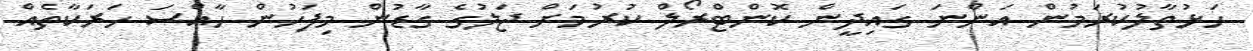
ހަޅުތާލުކުރަމުން އަންނަ ގައިދީން ކޮންޓްރޯލް ކުރުމަށް ޖަލުގެ ގާޑުން މިފަހުން ހާއްސަ ހަރަކާތެއް